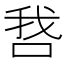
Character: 𫪋